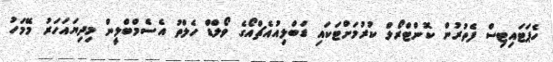
ހެޕަޓައިޓިސް ފެތުރުން ކޮންޓްރޯލް ކުރުމަށްޓަކައި ޑަބްލިއުއެޗްއޯގެ ވޯލްޑް ހެލްތު އެސެމްބްލީން މިދިޔައަހަރު މޭމަހު